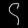
Digit: ၄